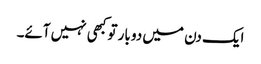
ایک دن میں دو بار تو کبھی نہیں آئے۔